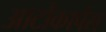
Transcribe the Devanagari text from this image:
आर्टोकार्पस